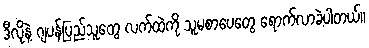
ဒီလိုနဲ့ ဂျပန်ပြည်သူတွေ လက်ထဲကို သူမစာပေတွေ ရောက်လာခဲ့ပါတယ်။